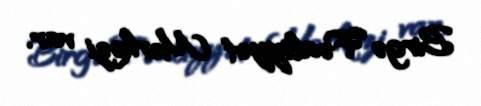
Birgə Fəaliyyət Mərkəzi var.